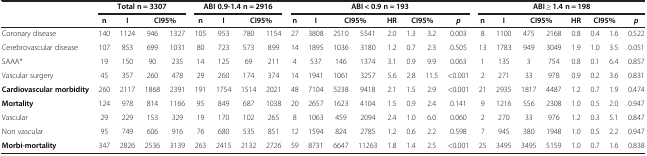
<table><thead><tr><td><b> </b></td><td colspan="4"><b>Total n = 3307</b></td><td colspan="4"><b>ABI 0.9-1.4 n = 2916</b></td><td colspan="8"><b>ABI &lt; 0.9 n = 193</b></td><td colspan="8"><b>ABI ≥ 1.4 n = 198</b></td></tr><tr><td><b> </b></td><td><b>n</b></td><td><b>I</b></td><td colspan="2"><b>CI95%</b></td><td><b>n</b></td><td><b>I</b></td><td colspan="2"><b>CI95%</b></td><td><b>n</b></td><td><b>I</b></td><td colspan="2"><b>CI95%</b></td><td><b>HR</b></td><td colspan="2"><b>CI95%</b></td><td><b><i>p</i></b></td><td><b>n</b></td><td><b>I</b></td><td colspan="2"><b>CI95%</b></td><td><b>HR</b></td><td colspan="2"><b>CI95%</b></td><td><b><i>p</i></b></td></tr></thead><tbody><tr><td>Coronary disease</td><td>140</td><td>1124</td><td>946</td><td>1327</td><td>105</td><td>953</td><td>780</td><td>1154</td><td>27</td><td>3808</td><td>2510</td><td>5541</td><td>2.0</td><td>1.3</td><td>3.2</td><td>0.003</td><td>8</td><td>1100</td><td>475</td><td>2168</td><td>0.8</td><td>0.4</td><td>1.6</td><td>0.522</td></tr><tr><td>Cerebrovascular disease</td><td>107</td><td>853</td><td>699</td><td>1031</td><td>80</td><td>723</td><td>573</td><td>899</td><td>14</td><td>1895</td><td>1036</td><td>3180</td><td>1.2</td><td>0.7</td><td>2.3</td><td>0.505</td><td>13</td><td>1783</td><td>949</td><td>3049</td><td>1.9</td><td>1.0</td><td>3.5</td><td>0.051</td></tr><tr><td>SAAA*</td><td>19</td><td>150</td><td>90</td><td>235</td><td>14</td><td>125</td><td>69</td><td>211</td><td>4</td><td>537</td><td>146</td><td>1374</td><td>3.1</td><td>0.9</td><td>9.9</td><td>0.063</td><td>1</td><td>135</td><td>3</td><td>754</td><td>0.8</td><td>0.1</td><td>6.4</td><td>0.857</td></tr><tr><td>Vascular surgery</td><td>45</td><td>357</td><td>260</td><td>478</td><td>29</td><td>260</td><td>174</td><td>374</td><td>14</td><td>1941</td><td>1061</td><td>3257</td><td>5.6</td><td>2.8</td><td>11.5</td><td>&lt;0.001</td><td>2</td><td>271</td><td>33</td><td>978</td><td>0.9</td><td>0.2</td><td>3.6</td><td>0.831</td></tr><tr><td><b>Cardiovascular morbidity</b></td><td>260</td><td>2117</td><td>1868</td><td>2391</td><td>191</td><td>1754</td><td>1514</td><td>2021</td><td>48</td><td>7104</td><td>5238</td><td>9418</td><td>2.1</td><td>1.5</td><td>2.9</td><td>&lt;0.001</td><td>21</td><td>2935</td><td>1817</td><td>4487</td><td>1.2</td><td>0.7</td><td>1.9</td><td>0.474</td></tr><tr><td><b>Mortality</b></td><td>124</td><td>978</td><td>814</td><td>1166</td><td>95</td><td>849</td><td>687</td><td>1038</td><td>20</td><td>2657</td><td>1623</td><td>4104</td><td>1.5</td><td>0.9</td><td>2.4</td><td>0.141</td><td>9</td><td>1216</td><td>556</td><td>2308</td><td>1.0</td><td>0.5</td><td>2.0</td><td>0.947</td></tr><tr><td>Vascular</td><td>29</td><td>229</td><td>153</td><td>329</td><td>19</td><td>170</td><td>102</td><td>265</td><td>8</td><td>1063</td><td>459</td><td>2094</td><td>2.4</td><td>1.0</td><td>6.0</td><td>0.060</td><td>2</td><td>270</td><td>33</td><td>976</td><td>1.2</td><td>0.3</td><td>5.1</td><td>0.847</td></tr><tr><td>Non vascular</td><td>95</td><td>749</td><td>606</td><td>916</td><td>76</td><td>680</td><td>535</td><td>851</td><td>12</td><td>1594</td><td>824</td><td>2785</td><td>1.2</td><td>0.6</td><td>2.2</td><td>0.598</td><td>7</td><td>945</td><td>380</td><td>1948</td><td>1.0</td><td>0.5</td><td>2.2</td><td>0.947</td></tr><tr><td><b>Morbi-mortality</b></td><td>347</td><td>2826</td><td>2536</td><td>3139</td><td>263</td><td>2415</td><td>2132</td><td>2726</td><td>59</td><td>8731</td><td>6647</td><td>11263</td><td>1.8</td><td>1.4</td><td>2.5</td><td>&lt;0.001</td><td>25</td><td>3495</td><td>3495</td><td>5159</td><td>1.0</td><td>0.7</td><td>1.6</td><td>0.838</td></tr></tbody></table>